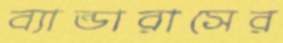
ব্যান্ডারাসের